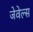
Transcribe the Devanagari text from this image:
जेवेल्स